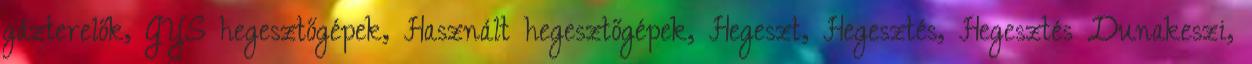
gázterelők, GYS hegesztőgépek, Használt hegesztőgépek, Hegeszt, Hegesztés, Hegesztés Dunakeszi,